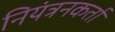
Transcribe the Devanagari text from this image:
नियंत्रनकर्ता